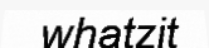
whatzit